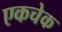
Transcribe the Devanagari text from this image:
एकचेक